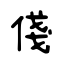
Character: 俴